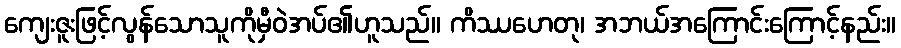
ကျေးဇူးဖြင့်လွန်သောသူကိုမှီဝဲအပ်၏ဟူသည်။ ကိဿဟေတု၊ အဘယ်အကြောင်းကြောင့်နည်း။